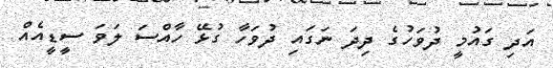
އަދި ގައުމީ ދުވަހުގެ ދިދަ ނަގައި ދުވަހާ ގުޅޭ ހާއްސަ ލަވަ ސީޑީއެއް